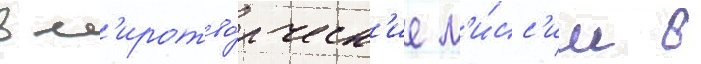
в м'иротво́рческ'ие м'и́сс'ии в